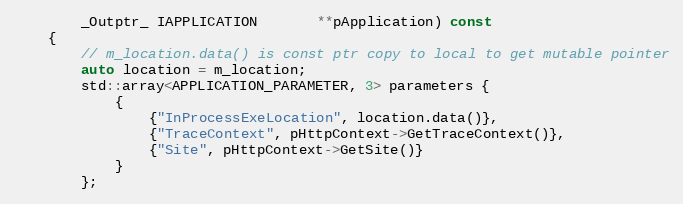
Language: C
        _Outptr_ IAPPLICATION       **pApplication) const
    {
        // m_location.data() is const ptr copy to local to get mutable pointer
        auto location = m_location;
        std::array<APPLICATION_PARAMETER, 3> parameters {
            {
                {"InProcessExeLocation", location.data()},
                {"TraceContext", pHttpContext->GetTraceContext()},
                {"Site", pHttpContext->GetSite()}
            }
        };